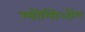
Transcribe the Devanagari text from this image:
म्योंग्सिओंग